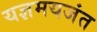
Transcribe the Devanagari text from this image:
यज्ञमयजंत